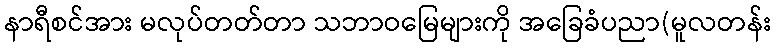
နာရီစင်အား မလုပ်တတ်တာ သဘာဝမြေများကို အခြေခံပညာ(မူလတန်း